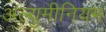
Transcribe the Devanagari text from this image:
अल्युमीनियम